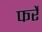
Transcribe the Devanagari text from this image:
फर्रे